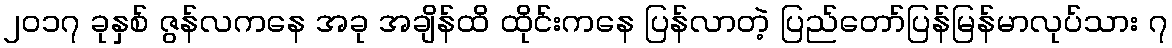
၂၀၁၇ ခုနှစ် ဇွန်လကနေ အခု အချိန်ထိ ထိုင်းကနေ ပြန်လာတဲ့ ပြည်တော်ပြန်မြန်မာလုပ်သား ၇